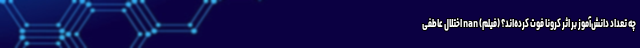
چه تعداد دانش‌آموز بر اثر کرونا فوت کرده‌اند؟ (فیلم) nan اختلال عاطفی